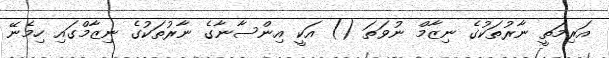
އަރިމަތީ ނާރުތަކުގެ ނިޒާމް ނުވަތަ () އަކީ އިންސާނާގެ ނާރުތަކުގެ ނިޒާމްގައި ހިމެނޭ